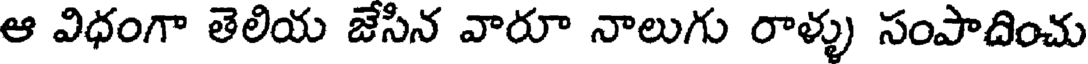
ఆ విధంగా తెలియ జేసిన వారూ నాలుగు రాళ్ళు సంపాదించు